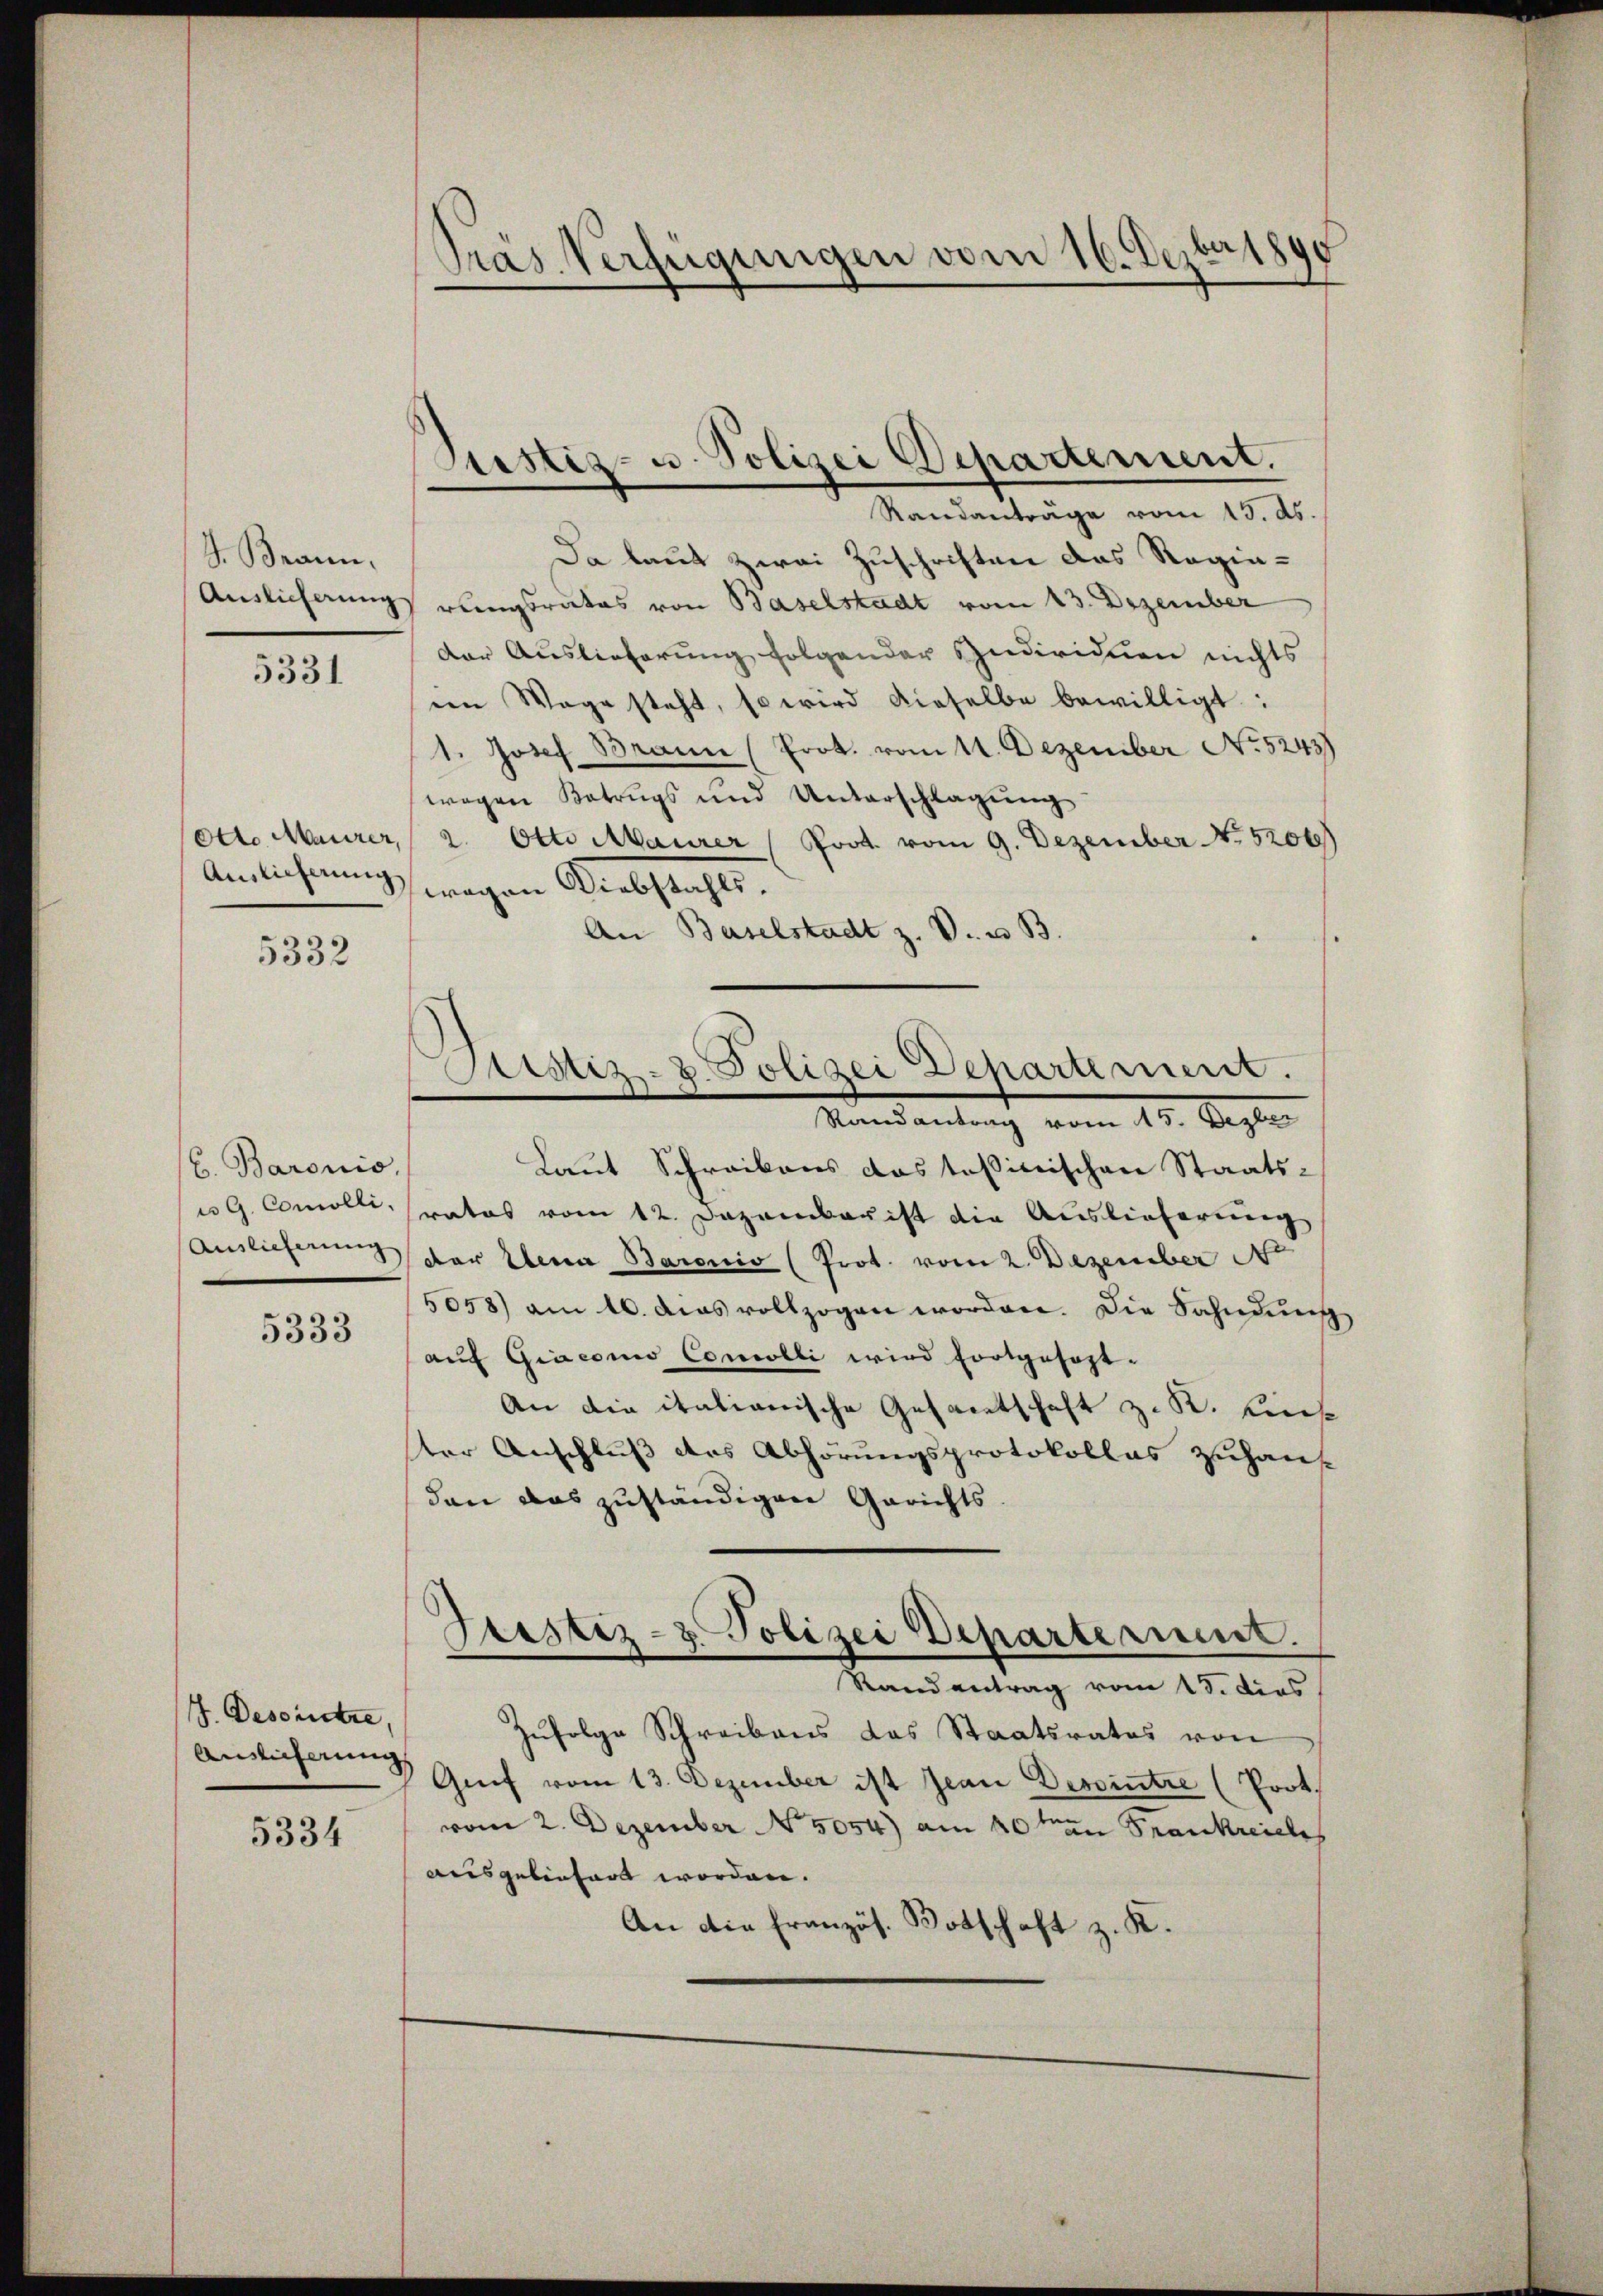
J. Brann,
Auslieferung

5331

Otto Maurer
Auslieferung

5332

E. Baronis,
u G. Comolli.
Auslieferung

5333

J. Deserstre
Ainlicherung

5334

a 1890
Pras Verfügungen vom 16. Dez.

Da laut zwei Zuschriften das Regierungsrates von Baselstadt vom 13. Dezember
Der Auslieferung folgender Individuen nichts
en Wage steht, so wird dieselbe bewilligt:
1. Josef Braun (Prot. vom 11. Dezember No 5243)
wegen Betrugs und Unterschlagung
2. Otto Maurer Prot. vom 9. Dezember No. 520
wagen Diebstahls,
An Baselstadt z. V. u. B.
Randantrag vom 15. Deze
Laut Schreibens das tasierischen Staats-
ratos vom 12. Dezember ist die Auslieferung
der Elena Baronio (Prot. vom 2. Dezember 140
5058) am 10. dies vollzogen worden. Die Sahndŭng
auf Giacono Comolli wird fortgesezt.
An die italianische Gesantschaft z. B. Lieb
ter Anschluß des Abhörungsprotokollas zuhaus
dann das zuständigen Gerichts
Justiz- & Polizei Departerint.
Randantrag vom 13. dies
Zufolge Schreibens das Staatsrates von
Gief vom 13. Dezember ist Jean Depointre (Prot.
vom 2. Dezember No. 5054) am 10ten Frankreiche
ausgebenfart worden.
An die Französ. Botschaft z. K.

Justiz- u. Polizei Departement.
Randanträge vom 13. ds.

.
Justiz- & Polizei Departement.